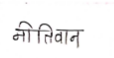
मजकूर: नीतिवान